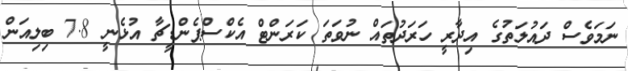
ނަމަވެސް ދައުލަތުގެ އިދާރީ ހަރަދުތައް ނުވަތަ ކަރަންޓް އެކްސްޕެންޑީޗާ އުޅެނީ 7.8 ބިލިއަން